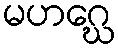
မဟဂ္ဃေ